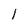
Character: 1